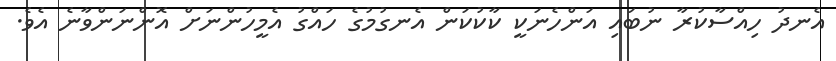
އެނދު ހިއްސާކުރާ ނުބައި އަންހެނަކީ ކާކުކަން އެނގުމުގެ ހައްގު އެމީހުންނަށް އޮންނަންވާނެ އެވެ.